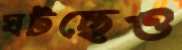
ঘটছেও